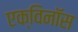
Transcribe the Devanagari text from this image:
एक्विनॉस